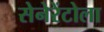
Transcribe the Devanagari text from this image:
सेनेरेंटोला